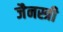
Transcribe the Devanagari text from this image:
जैनस्त्री